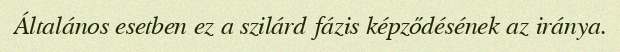
Általános esetben ez a szilárd fázis képződésének az iránya.